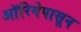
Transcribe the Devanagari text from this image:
ऑरिगेपासून